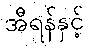
အီရန်နှင့်